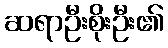
ဆရာဦးစိုးဦး၏